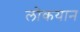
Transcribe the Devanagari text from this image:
लोकयान